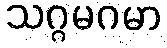
သဂ္ဂမဂမာ